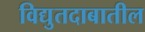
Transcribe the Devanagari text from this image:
विद्युतदाबातील